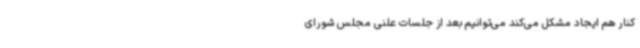
کنار هم ایجاد مشکل می‌کند می‌توانیم بعد از جلسات علنی مجلس شورای